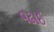
વઢાઈ